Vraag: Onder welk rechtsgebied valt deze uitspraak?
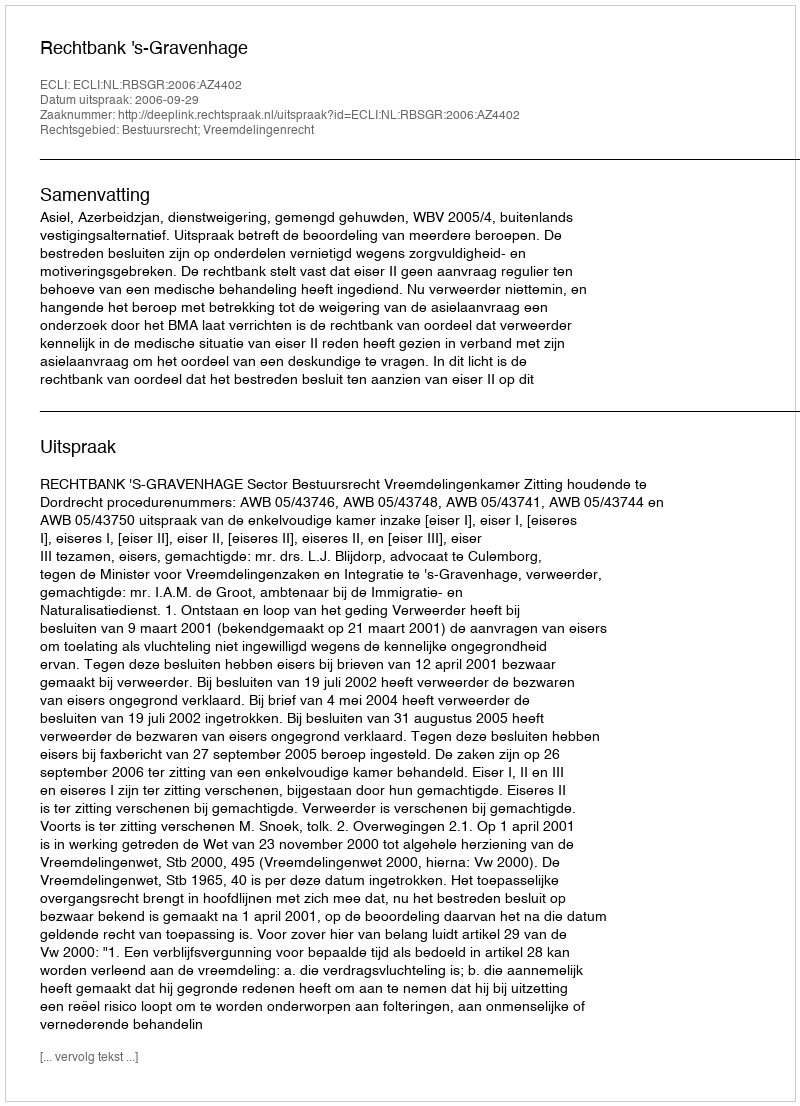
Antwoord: Bestuursrecht; Vreemdelingenrecht